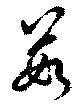
茹